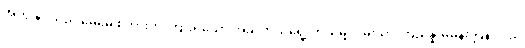
အကျွန်ုပ်သည် မေမေ့ စကားကို ကြားရသော အခါ ဘယ်ရွေ့ ဘယ်မျှ ဝမ်းသာ ကြည်နူးမိမှန်း ပြန် လည်